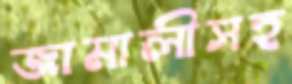
জামালীসহ